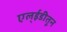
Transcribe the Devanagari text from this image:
एल्ईडीतून